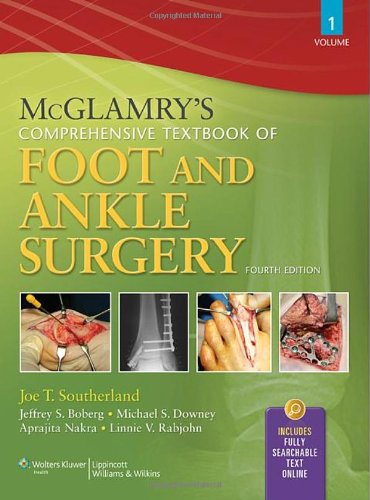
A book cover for McGlamry's Comprehensive Textbook of Foot and Ankle Surgery, Fourth Edition, 2-Volume Set; Medical Books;